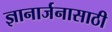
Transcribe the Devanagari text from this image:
ज्ञानार्जनासाठी